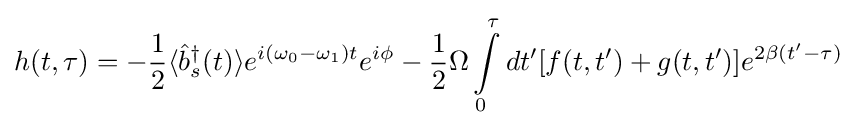
h(t,\tau )=-{\frac {1}{2}}\langle {\hat {b}}_{s}^{\dagger }(t)\rangle e^{i(\omega _{0}-\omega _{1})t}e^{i\phi }-{\frac {1}{2}}\Omega \int \limits _{0}^{\tau }dt'[f(t,t')+g(t,t')]e^{2\beta (t'-\tau )}